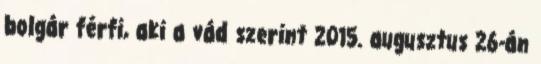
bolgár férfi, aki a vád szerint 2015. augusztus 26-án